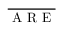
\overline { { \mathrm { ~ A ~ R ~ E ~ } } }